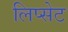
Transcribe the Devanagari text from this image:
लिप्सेट